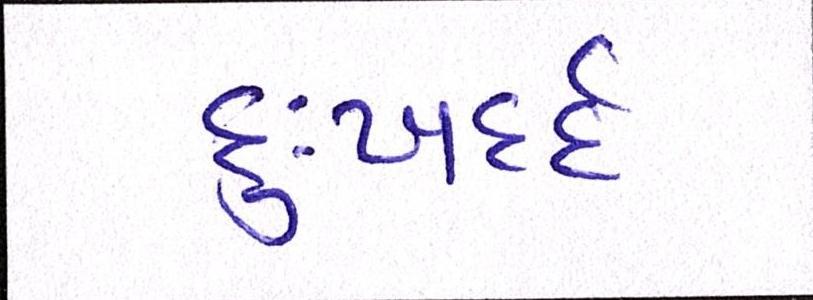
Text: દુઃખદર્દ